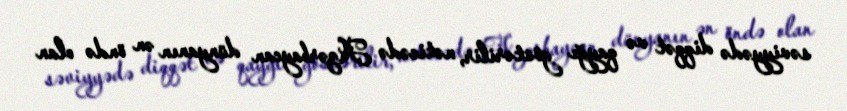
səviyyədə diqqət və qayğı göstərilir, nəticədə Azərbaycan dünyanın ən öndə olan